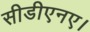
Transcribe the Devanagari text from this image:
सीडीएनए।